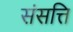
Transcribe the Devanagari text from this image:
संसत्ति